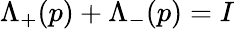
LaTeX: \Lambda_{+}(p)+\Lambda_{-}(p)=I